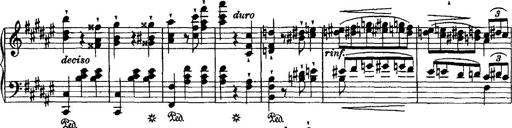
Title: Grande valse di bravura
Composer: Franz Liszt